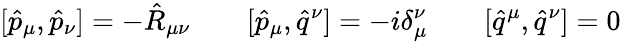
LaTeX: [\hat{p}_{\mu},\hat{p}_{\nu}]=-\hat{R}_{\mu\nu}\qquad[\hat{p}_{\mu},\hat{q}^{\nu}]=-i\delta_{\mu}^{\nu}\qquad[\hat{q}^{\mu},\hat{q}^{\nu}]=0